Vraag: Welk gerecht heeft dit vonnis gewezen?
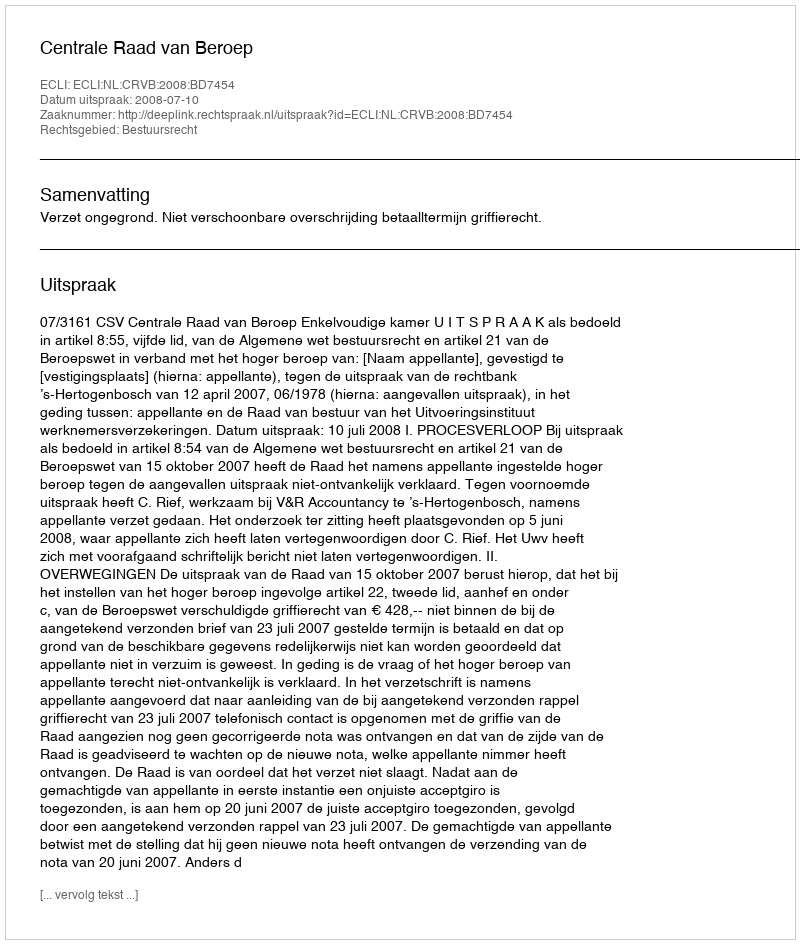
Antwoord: Centrale Raad van Beroep